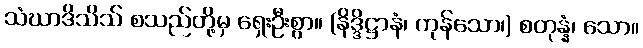
သံဃာဒိသိသ် စသည်တို့မှ ရှေးဦးစွာ။ (နိဒ္ဒိဋ္ဌာနံ၊ ကုန်သော၊) စတုန္နံ၊ သော။